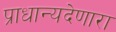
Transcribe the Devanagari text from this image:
प्राधान्यदेणारा